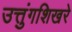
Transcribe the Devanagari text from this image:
उत्तुंगशिखरे